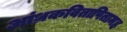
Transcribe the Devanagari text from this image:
आंध्रकवितापितामह